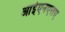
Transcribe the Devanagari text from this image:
आईएनएलए